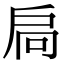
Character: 扃